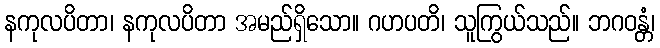
နကုလပိတာ၊ နကုလပိတာ အမည်ရှိသော။ ဂဟပတိ၊ သူကြွယ်သည်။ ဘဂဝန္တံ၊